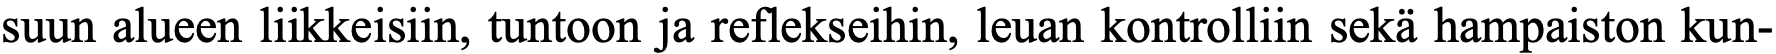
suun alueen liikkeisiin, tuntoon ja reflekseihin, leuan kontrolliin sekä hampaiston kun-